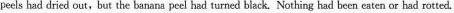
peels had dried out,but the banana peel had turned black. Nothing had been eaten or had rotted.